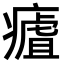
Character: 𤹡